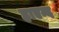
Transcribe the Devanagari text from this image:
हाएन्द